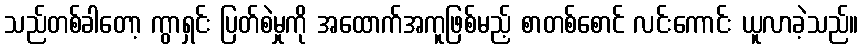
သည်တစ်ခါတော့ ကွာရှင်း ပြတ်စဲမှုကို အထောက်အကူဖြစ်မည့် စာတစ်စောင် လင်းကောင်း ယူလာခဲ့သည်။